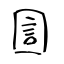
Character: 圁